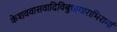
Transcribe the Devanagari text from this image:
केशववासवादिविबुधागाराभिरामां